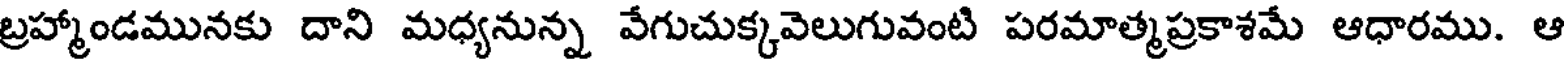
బ్రహ్మాండమునకు దాని మధ్యనున్న వేగుచుక్కవెలుగువంటి పరమాత్మప్రకాశమే ఆధారము. ఆ